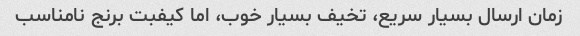
زمان ارسال بسیار سریع، تخیف بسیار خوب، اما کیفبت برنج نامناسب